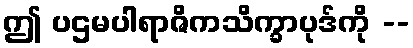
ဤ ပဌမပါရာဇိကသိက္ခာပုဒ်ကို --